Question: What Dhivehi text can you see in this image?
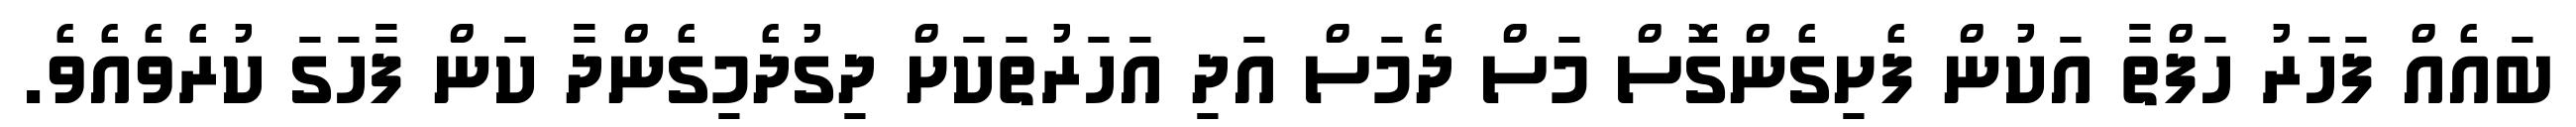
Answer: ބައެއް ފަހަރު ހަފްތާ އަކުން ފެށިގެންގޮސް މަސް ދެމަސް އަދި އަހަރުތަކަށް ދިގުދެމިގެންދާ ކަން ފާހަގަ ކުރެވެއެވެ.